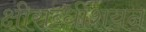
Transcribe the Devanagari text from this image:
क्षीराब्धीशयन